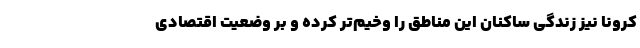
کرونا نیز زندگی ساکنان این مناطق را وخیم‌تر کرده و بر وضعیت اقتصادی